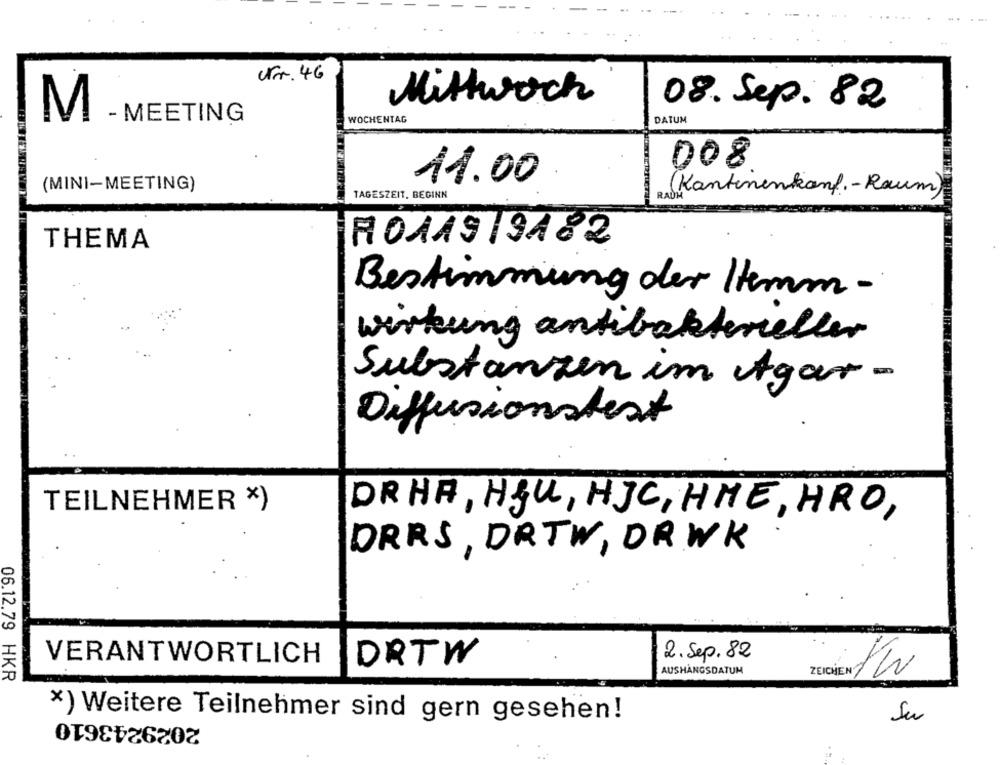
Ur. 46
Mittwoch
08. Sep. 82
M
- MEETING
WOCHENTAG
DATUM
008
11.00
(MINI-MEETING)
(Kantinenkanf .- Raum)
TAGESZEIT, BEGINN
THEMA
10119/9182
Bestimmung der Hemm -
wirkung antibakterieller
Substanzen im Agar -
Diffusionstest
TEILNEHMER X)
DR HA, HLU, HJC, HME, HRO,
DERS, DRTW, DRWK
VERANTWORTLICH
2. Sep. 82
DRTW
AUSHÄNGSDATUM
/W
06.12.79 HKR
x) Weitere Teilnehmer sind gern gesehen!
2029243610
Su